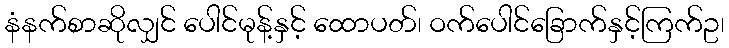
နံနက်စာဆိုလျှင် ပေါင်မုန့်နှင့် ထောပတ်၊ ဝက်ပေါင်ခြောက်နှင့်ကြက်ဥ၊